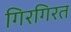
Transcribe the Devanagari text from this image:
गिरगिरत